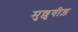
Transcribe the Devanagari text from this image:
मुल्लुवीड़